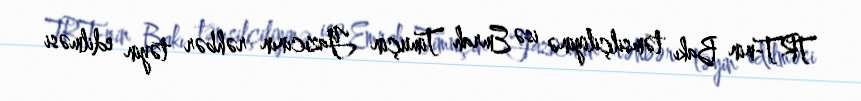
TRT-nin Bakı təmsilçiliyinə isə Emrah Timuçin Yazıcının rəhbər təyin edilməsi